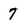
Character: 7